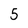
Character: 5